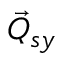
\vec { Q } _ { s y }